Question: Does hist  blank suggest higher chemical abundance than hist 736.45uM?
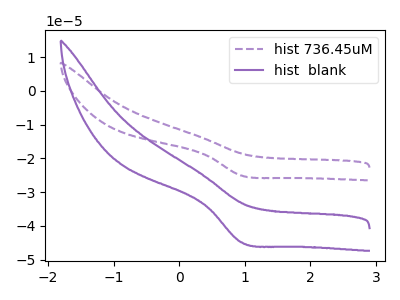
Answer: <think>The purple dashed curve "hist 736.45uM" has a cathodic peak at: (0.95V, -25.10uA). The purple curve "hist  blank" has a cathodic peak at: (0.95V, -44.85uA).
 All the peaks in "hist  blank" have a peak in "hist 736.45uM" at the same potential. Every peak in "hist  blank" is higher than every peak in "hist 736.45uM".</think>
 <answer>"hist  blank" has more signal than "hist 736.45uM".</answer>
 <eval>more_signal</eval>